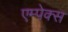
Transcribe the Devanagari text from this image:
एम्पेक्स